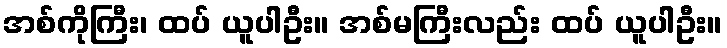
အစ်ကိုကြီး၊ ထပ် ယူပါဦး။ အစ်မကြီးလည်း ထပ် ယူပါဦး။